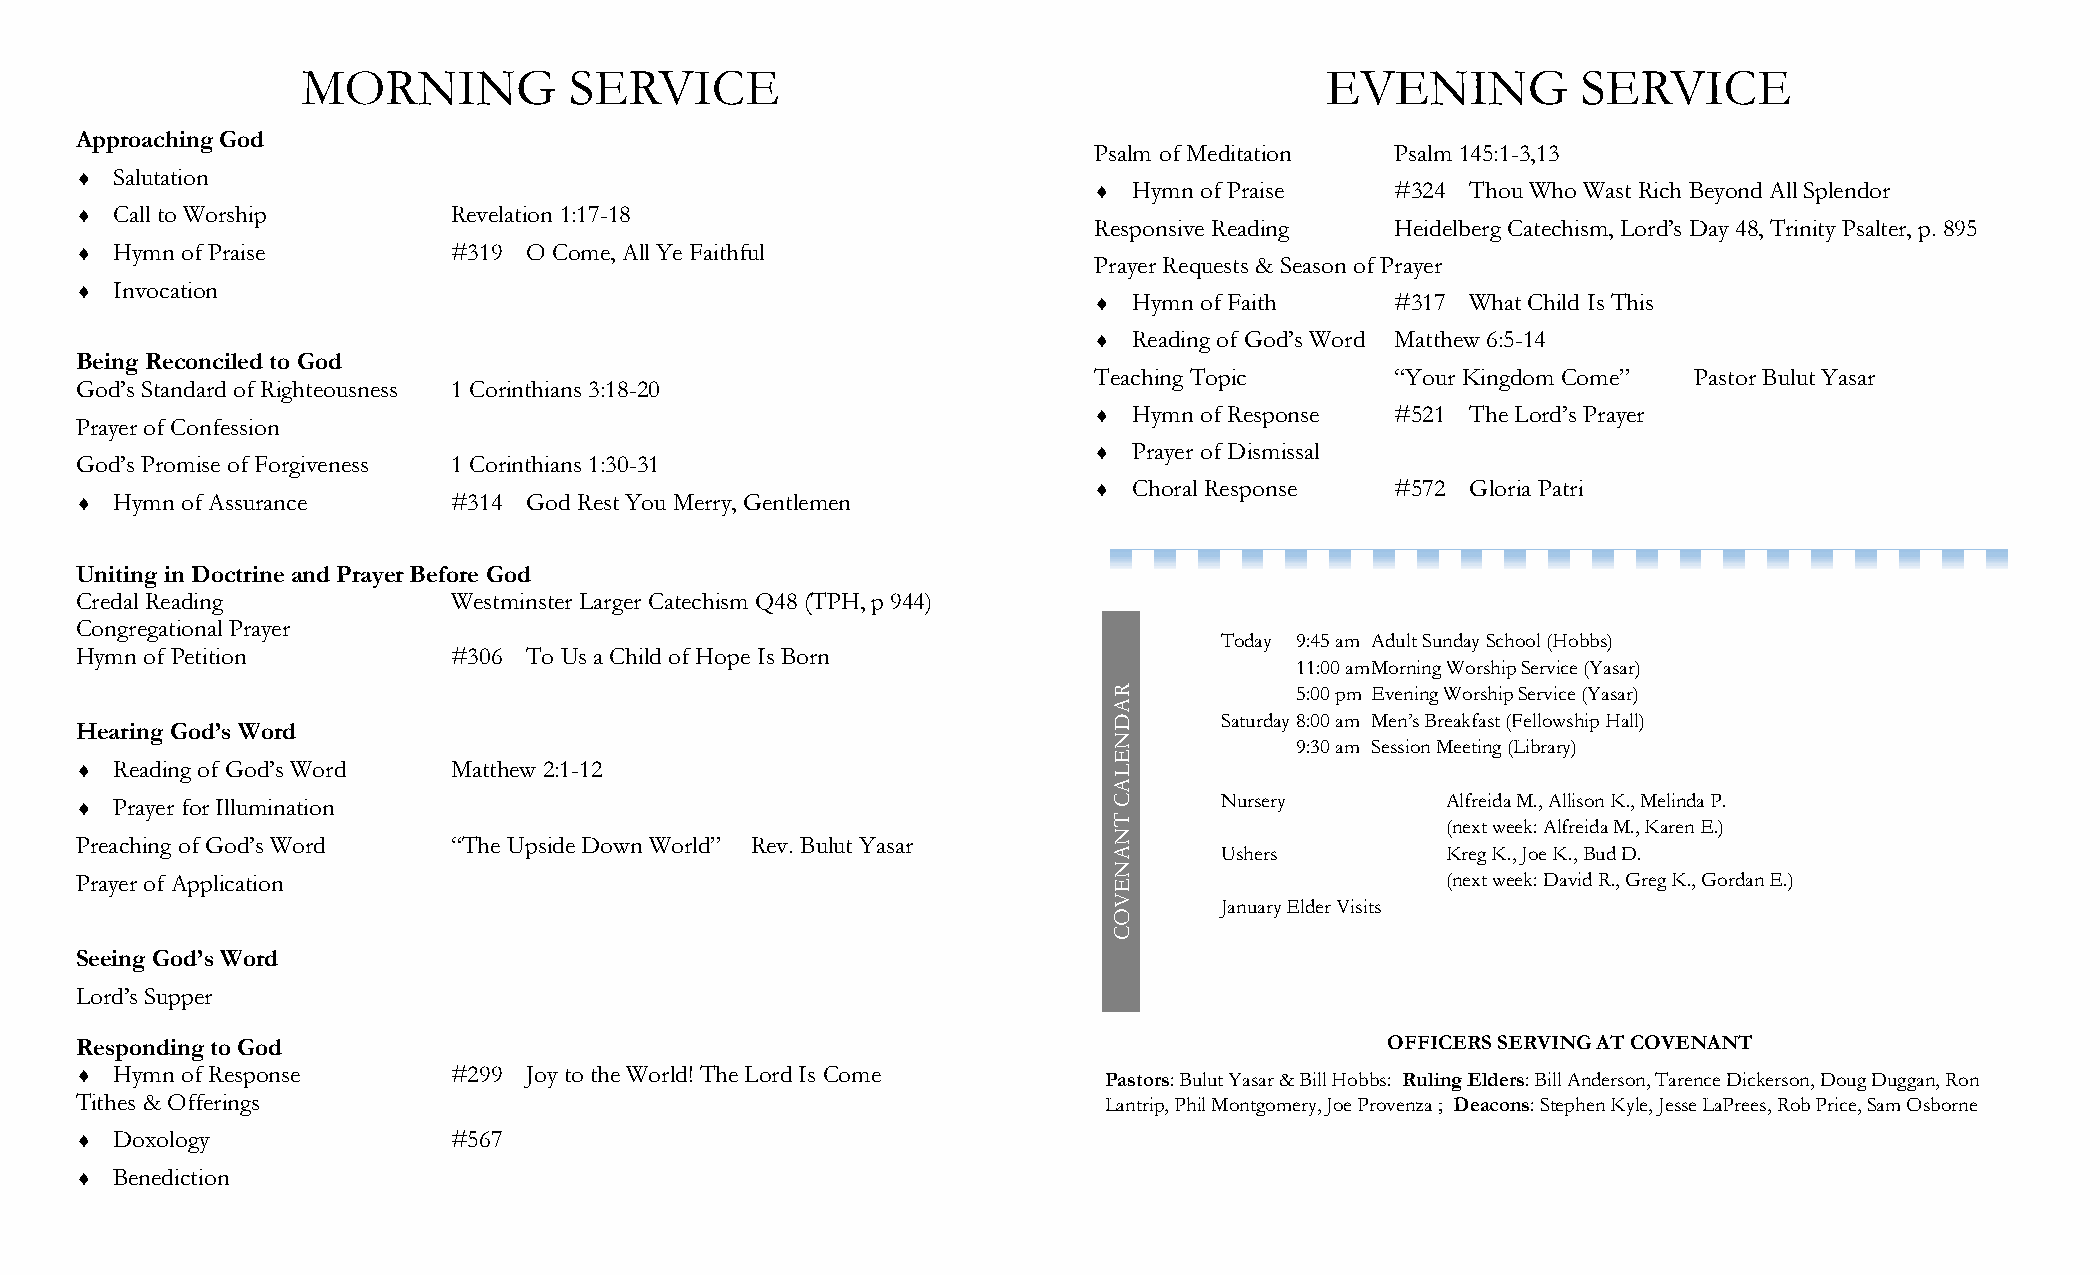
MORNING           SERVICE                                           EVENING          SERVICE
 Approaching God
 Psalm of Meditation Psalm 145:1-3,13
  Salutation
   Hymn of Praise   #324 Thou Who Wast Rich Beyond All Splendor
  Call to Worship        Revelation 1:17-18
 Responsive Reading  Heidelberg Catechism, Lord’s Day 48, Trinity Psalter, p. 895
  Hymn of Praise         #319 O Come, All Ye Faithful
 Prayer Requests & Season of Prayer
  Invocation
   Hymn of Faith    #317 What Child Is This
   Reading of God’s Word Matthew 6:5-14
 Being Reconciled to God
 Teaching Topic      “Your Kingdom Come” Pastor Bulut Yasar
 God’s Standard of Righteousness 1 Corinthians 3:18-20
   Hymn of Response #521 The Lord’s Prayer
 Prayer of Confession
   Prayer of Dismissal
 God’s Promise of Forgiveness 1 Corinthians 1:30-31
   Choral Response  #572 Gloria Patri
  Hymn of Assurance      #314 God Rest You Merry, Gentlemen
 Uniting in Doctrine and Prayer Before God
 Credal Reading           Westminster Larger Catechism Q48 (TPH, p 944)
 Congregational Prayer
 Today 9:45 am Adult Sunday School (Hobbs)
 Hymn of Petition         #306 To Us a Child of Hope Is Born
 11:00 am Morning Worship Service (Yasar)
 R           5:00 pm Evening Worship Service (Yasar)
 A
 D      Saturday 8:00 am Men’s Breakfast (Fellowship Hall)
 Hearing God’s Word
 N
 9:30 am Session Meeting (Library)
 E
  Reading of God’s Word  Matthew 2:1-12                              L
 A
  Prayer for Illumination                                            C      Nursery        Alfreida M., Allison K., Melinda P.
 T                     (next week: Alfreida M., Karen E.)
 N
 Preaching of God’s Word  “The Upside Down World” Rev. Bulut Yasar
 A      Ushers         Kreg K., Joe K., Bud D.
 N
 Prayer of Application                                                E                     (next week: David R., Greg K., Gordan E.)
 V      January Elder Visits
 O
 C
 Seeing God’s Word
 Lord’s Supper
 Responding to God                                                                      OFFICERS SERVING AT COVENANT
  Hymn of Response       #299 Joy to the World! The Lord Is Come    Pastors: Bulut Yasar & Bill Hobbs: Ruling Elders: Bill Anderson, Tarence Dickerson, Doug Duggan, Ron
 Tithes & Offerings                                                  Lantrip, Phil Montgomery, Joe Provenza ; Deacons: Stephen Kyle, Jesse LaPrees, Rob Price, Sam Osborne
  Doxology               #567
  Benediction